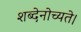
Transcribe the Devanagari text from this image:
शब्देनोच्यते।